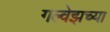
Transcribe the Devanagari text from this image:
गल्वेझच्या